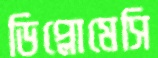
ডিপ্লোমেসি